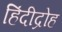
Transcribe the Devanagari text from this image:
हिंदीद्रोह